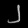
Digit: ၂